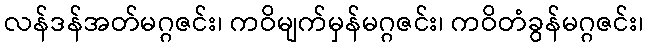
လန်ဒန်အတ်မဂ္ဂဇင်း၊ ကဝိမျက်မှန်မဂ္ဂဇင်း၊ ကဝိတံခွန်မဂ္ဂဇင်း၊